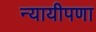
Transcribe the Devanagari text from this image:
न्यायीपणा